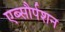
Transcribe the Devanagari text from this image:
एब्सौर्पशन